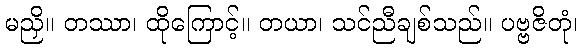
မညှိ။ တဿာ၊ ထိုကြောင့်။ တယာ၊ သင်ညီချစ်သည်။ ပဗ္ဗဇိတုံ၊